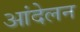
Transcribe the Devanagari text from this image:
आंदेलन